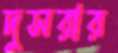
দুসরার